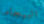
البيجاما